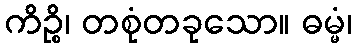
ကိဉ္စိ၊ တစုံတခုသော။ ဓမ္မံ၊